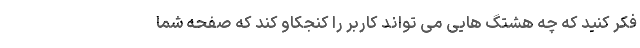
فکر کنید که چه هشتگ هایی می تواند کاربر را کنجکاو کند که صفحه شما